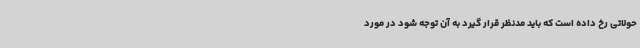
حولاتی رخ داده است که باید مدنظر قرار گیرد به آن توجه شود در مورد